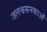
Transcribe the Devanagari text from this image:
जलश्वसनकाओं